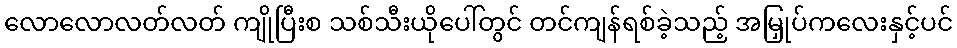
လောလောလတ်လတ် ကျိုပြီးစ သစ်သီးယိုပေါ်တွင် တင်ကျန်ရစ်ခဲ့သည့် အမြှုပ်ကလေးနှင့်ပင်